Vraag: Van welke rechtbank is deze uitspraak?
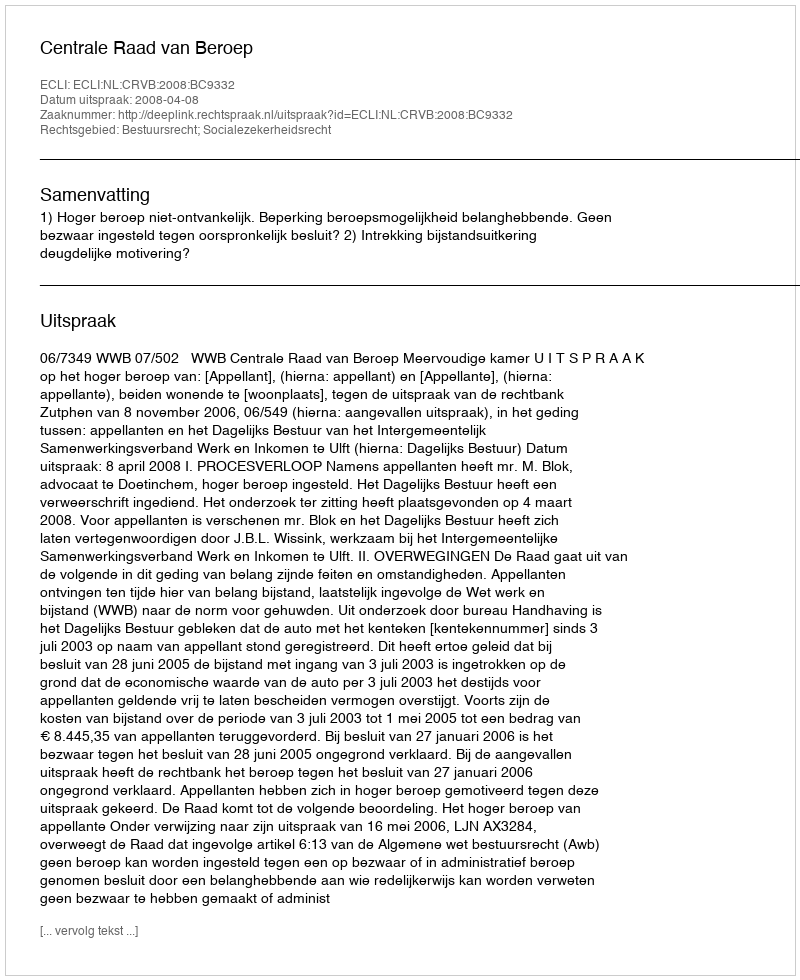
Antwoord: Centrale Raad van Beroep